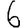
Digit: 6